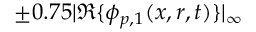
\pm 0 . 7 5 | \mathfrak { R } \{ \phi _ { p , 1 } ( x , r , t ) \} | _ { \infty }